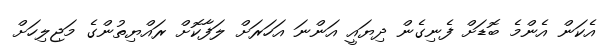
އެކަން އެންމެ ބޮޑަށް ފެނިގެން ދިޔައީ އަންނަ އަހަރަށް ލަފާކޮށް ރައްޔިތުންގެ މަޖިލިހަށް